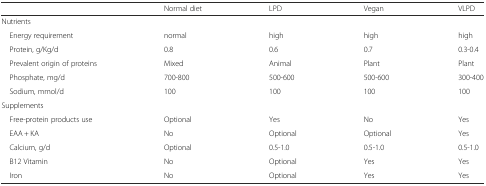
<table><thead><tr><td>[EMPTY_CELL]</td><td><b>Normal diet</b></td><td><b>LPD</b></td><td><b>Vegan</b></td><td><b>VLPD</b></td></tr></thead><tbody><tr><td>Nutrients</td><td>[EMPTY_CELL]</td><td>[EMPTY_CELL]</td><td>[EMPTY_CELL]</td><td>[EMPTY_CELL]</td></tr><tr><td> Energy requirement</td><td>normal</td><td>high</td><td>high</td><td>high</td></tr><tr><td> Protein, g/Kg/d</td><td>0.8</td><td>0.6</td><td>0.7</td><td>0.3-0.4</td></tr><tr><td> Prevalent origin of proteins</td><td>Mixed</td><td>Animal</td><td>Plant</td><td>Plant</td></tr><tr><td> Phosphate, mg/d</td><td>700-800</td><td>500-600</td><td>500-600</td><td>300-400</td></tr><tr><td> Sodium, mmol/d</td><td>100</td><td>100</td><td>100</td><td>100</td></tr><tr><td>Supplements</td><td>[EMPTY_CELL]</td><td>[EMPTY_CELL]</td><td>[EMPTY_CELL]</td><td>[EMPTY_CELL]</td></tr><tr><td> Free-protein products use</td><td>Optional</td><td>Yes</td><td>No</td><td>Yes</td></tr><tr><td> EAA + KA</td><td>No</td><td>Optional</td><td>Optional</td><td>Yes</td></tr><tr><td> Calcium, g/d</td><td>Optional</td><td>0.5-1.0</td><td>0.5-1.0</td><td>0.5-1.0</td></tr><tr><td> B12 Vitamin</td><td>No</td><td>Optional</td><td>Yes</td><td>Yes</td></tr><tr><td> Iron</td><td>No</td><td>Optional</td><td>Yes</td><td>Yes</td></tr></tbody></table>